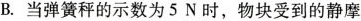
B.当弹簧秤的示数为5N时，物块受到的静摩